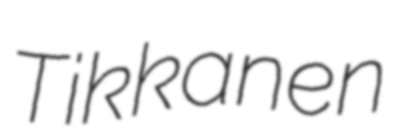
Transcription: Tikkanen